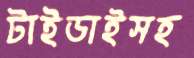
টাইডাইসহ